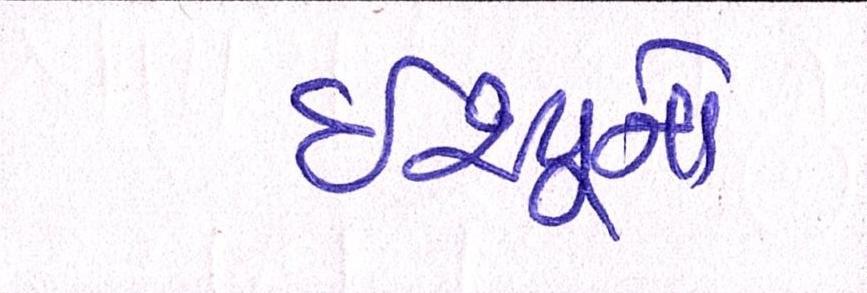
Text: ઇશ્યૂનો